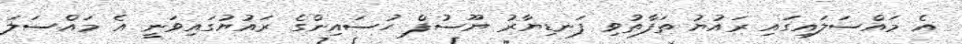
އެ މައްސަލައިގައި ރައުޔު ތަފާތުވި ފަނޑިޔާރު ޔޫސުފް ހުސައިންގެ ރައުޔުގައިވަނީ އެ މައްސަލަ